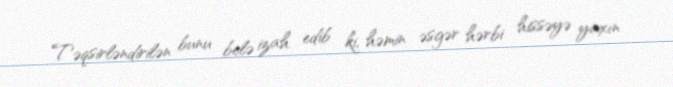
Təqsirləndirilən bunu belə izah edib ki, həmin əsgər hərbi hissəyə yaxın